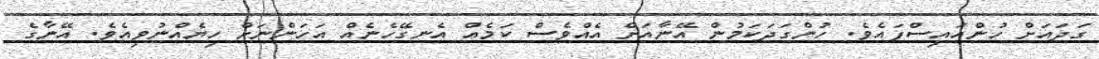
ގަދައަށް ހުންއައިސްފައެވެ. ހުންގަދަކަމުން އޭނާއަށް އެއްވެސް ކަމެއް އެނގޭހެނެއް އަހަންނަށް ހިޔެއްނުވިއެވެ. އޭނާގެ